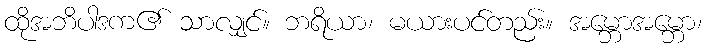
ထိုအဘိပါဒက၏ သာလျှင်။ ဘရိယာ၊ မယားပင်တည်း။ အမ္ဘောအမ္ဘော၊